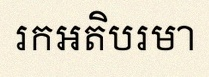
រកអតិបរមា